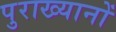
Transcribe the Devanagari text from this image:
पुराख्यानों